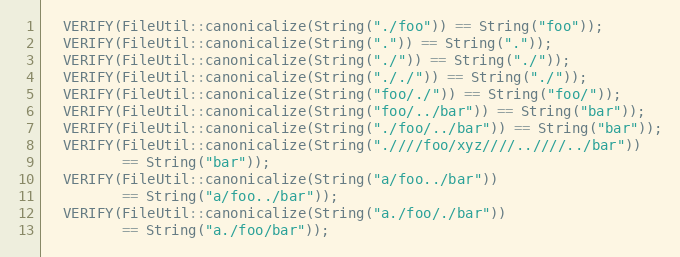
Language: C++
  VERIFY(FileUtil::canonicalize(String("./foo")) == String("foo"));
  VERIFY(FileUtil::canonicalize(String(".")) == String("."));
  VERIFY(FileUtil::canonicalize(String("./")) == String("./"));
  VERIFY(FileUtil::canonicalize(String("././")) == String("./"));
  VERIFY(FileUtil::canonicalize(String("foo/./")) == String("foo/"));
  VERIFY(FileUtil::canonicalize(String("foo/../bar")) == String("bar"));
  VERIFY(FileUtil::canonicalize(String("./foo/../bar")) == String("bar"));
  VERIFY(FileUtil::canonicalize(String(".////foo/xyz////..////../bar"))
         == String("bar"));
  VERIFY(FileUtil::canonicalize(String("a/foo../bar"))
         == String("a/foo../bar"));
  VERIFY(FileUtil::canonicalize(String("a./foo/./bar"))
         == String("a./foo/bar"));